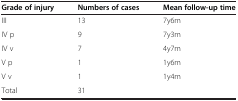
<table><thead><tr><td><b>Grade of injury</b></td><td><b>Numbers of cases</b></td><td><b>Mean follow-up time</b></td></tr></thead><tbody><tr><td>III</td><td>13</td><td>7y6m</td></tr><tr><td>IV p</td><td>9</td><td>7y3m</td></tr><tr><td>IV v</td><td>7</td><td>4y7m</td></tr><tr><td>V p</td><td>1</td><td>1y6m</td></tr><tr><td>V v</td><td>1</td><td>1y4m</td></tr><tr><td>Total</td><td>31</td><td> </td></tr></tbody></table>